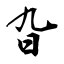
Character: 旮